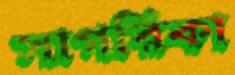
সাগরিকা